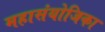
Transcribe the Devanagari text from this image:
महासंयोजिका